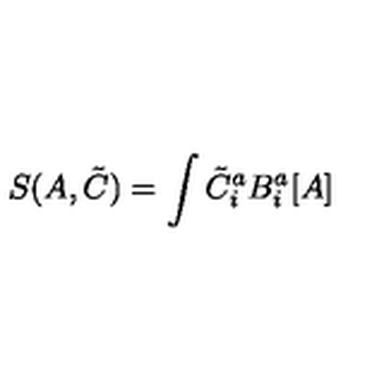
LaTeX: S ( A , { \tilde { C } } ) = \int { \tilde { C } } _ { i } ^ { a } B _ { i } ^ { a } [ A ]